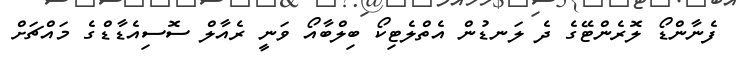
ފެނާންޑޯ ލޮރެންޓޭގެ ދެ ލަނޑުން އެތްލެޓިކޯ ބިލްބާއޯ ވަނީ ރެއާލް ސޮސިއެޑާޑްގެ މައްޗަށް